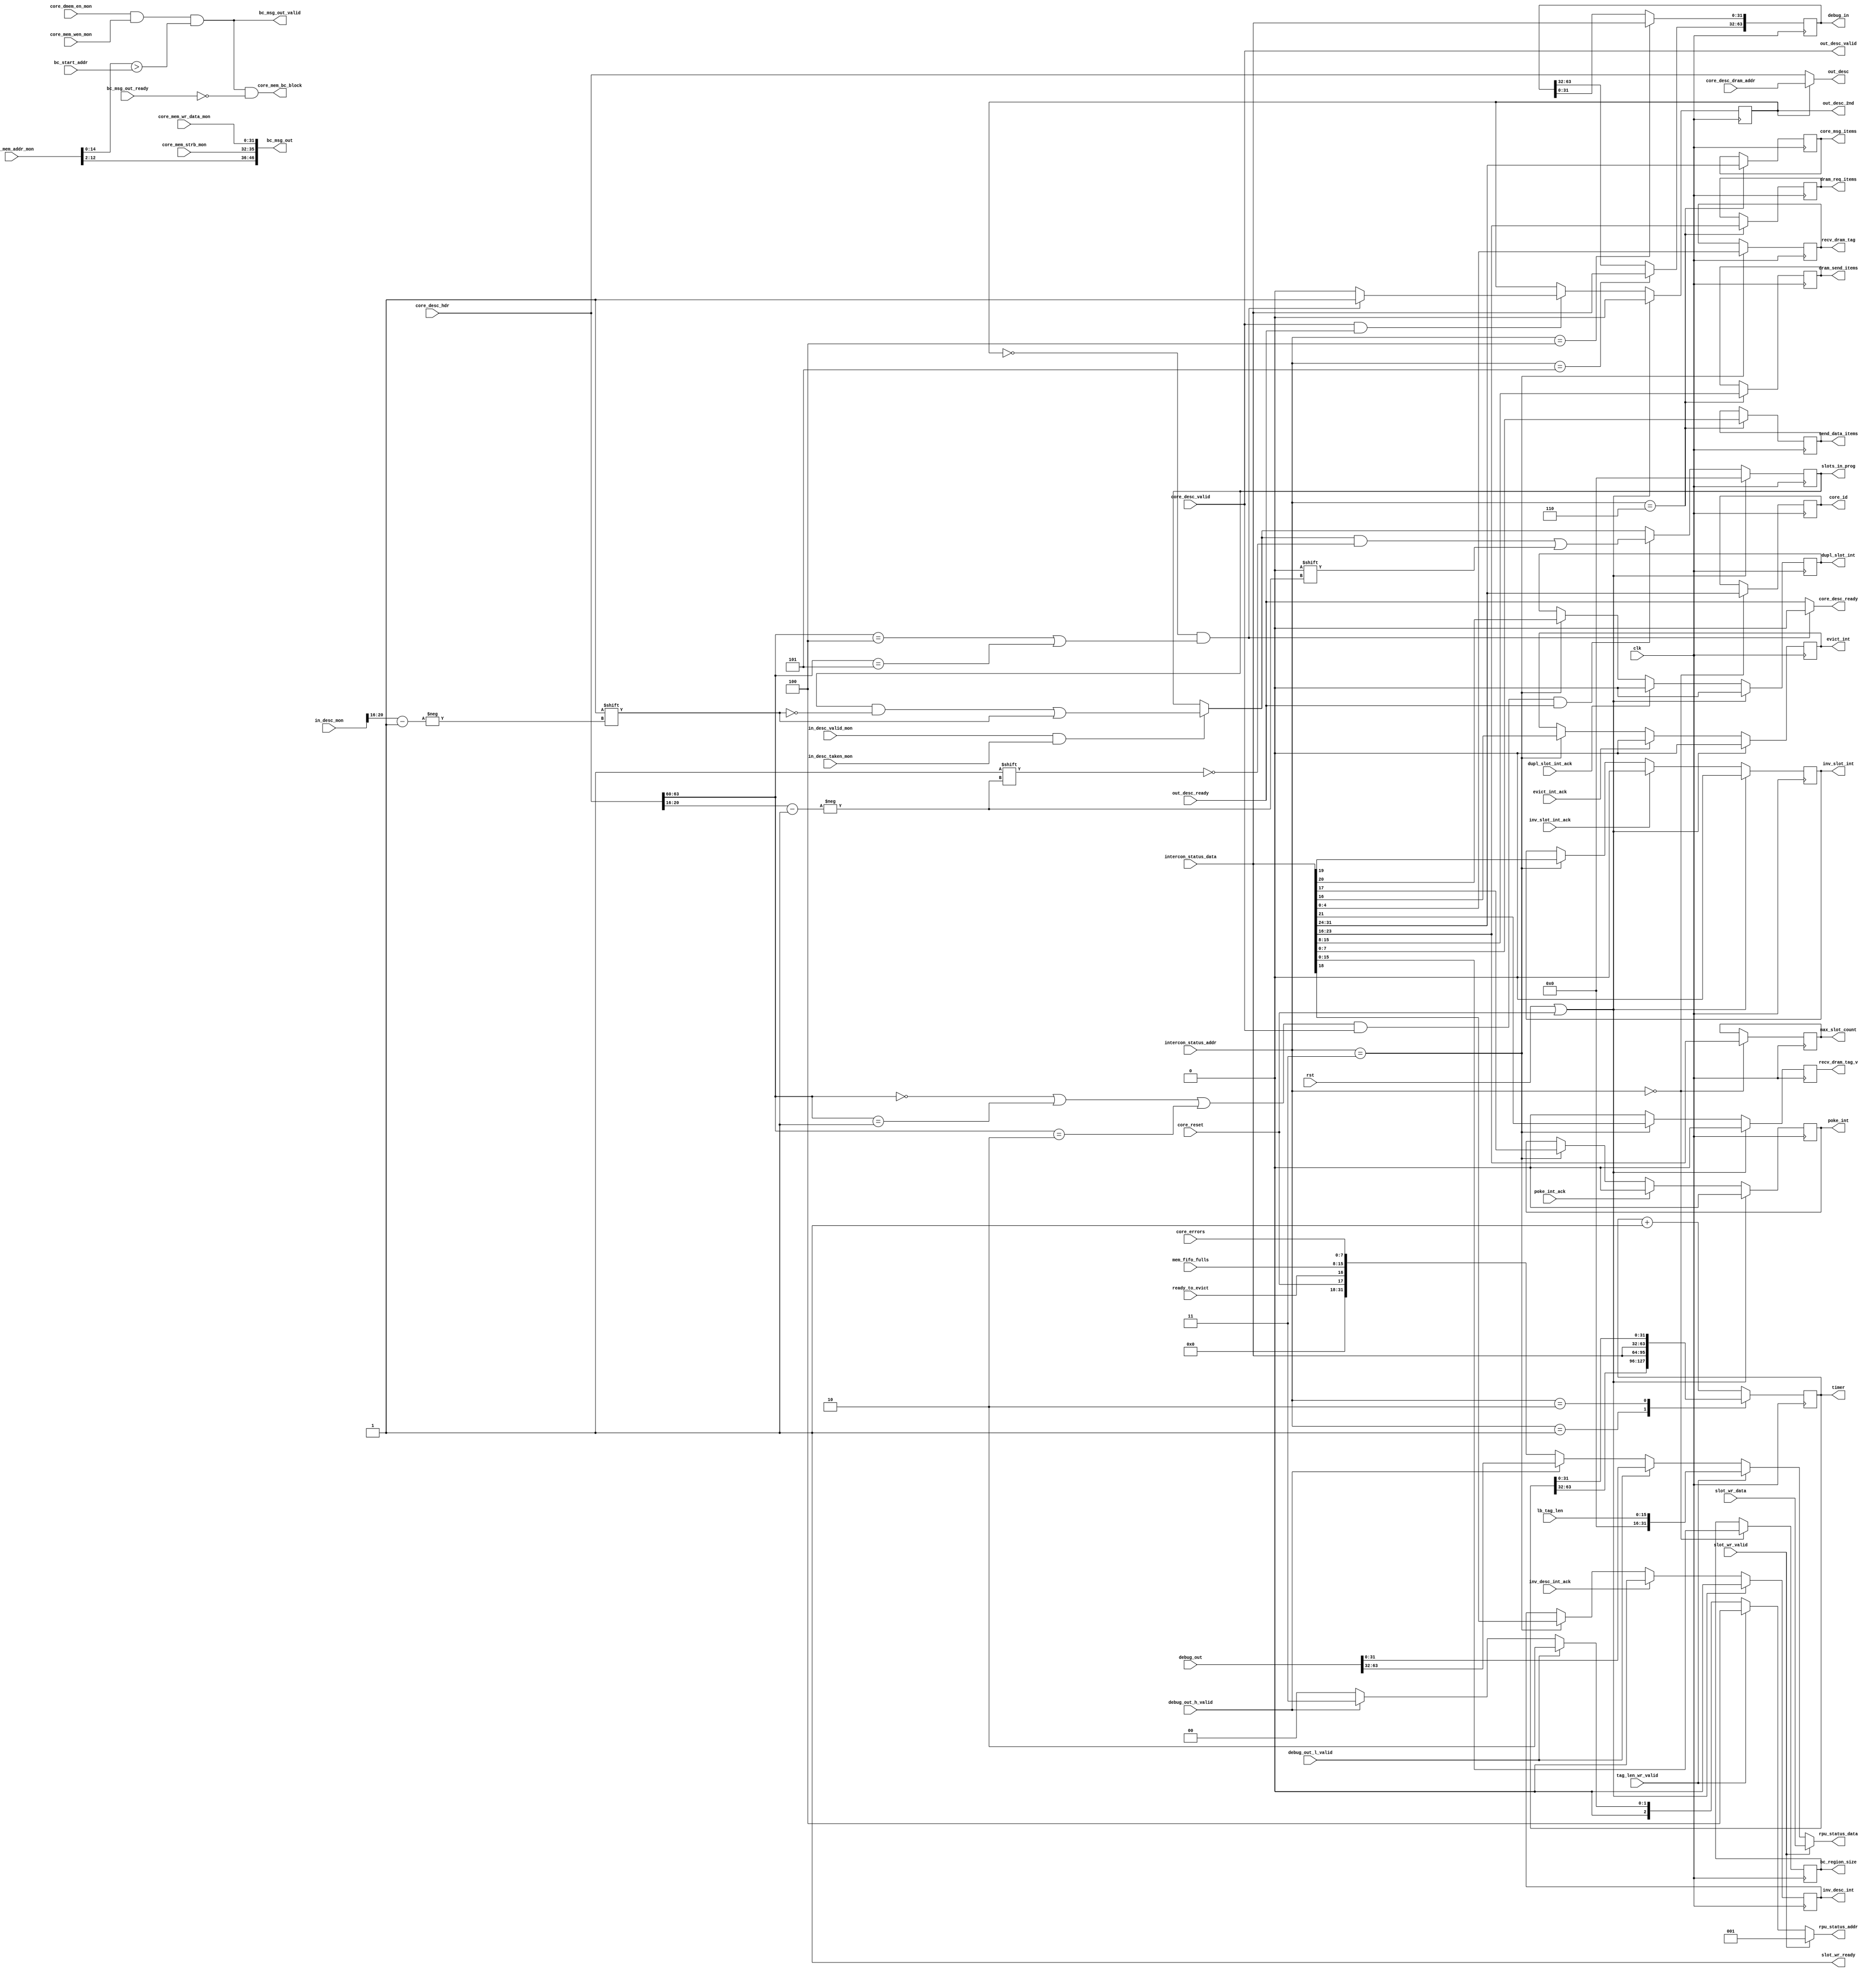
/*

Copyright (c) 2019-2021 Moein Khazraee

Permission is hereby granted, free of charge, to any person obtaining a copy
of this software and associated documentation files (the "Software"), to deal
in the Software without restriction, including without limitation the rights
to use, copy, modify, merge, publish, distribute, sublicense, and/or sell
copies of the Software, and to permit persons to whom the Software is
furnished to do so, subject to the following conditions:

The above copyright notice and this permission notice shall be included in
all copies or substantial portions of the Software.

THE SOFTWARE IS PROVIDED "AS IS", WITHOUT WARRANTY OF ANY KIND, EXPRESS OR
IMPLIED, INCLUDING BUT NOT LIMITED TO THE WARRANTIES OF MERCHANTABILITY
FITNESS FOR A PARTICULAR PURPOSE AND NONINFRINGEMENT. IN NO EVENT SHALL THE
AUTHORS OR COPYRIGHT HOLDERS BE LIABLE FOR ANY CLAIM, DAMAGES OR OTHER
LIABILITY, WHETHER IN AN ACTION OF CONTRACT, TORT OR OTHERWISE, ARISING FROM,
OUT OF OR IN CONNECTION WITH THE SOFTWARE OR THE USE OR OTHER DEALINGS IN
THE SOFTWARE.

*/

// Language: Verilog 2001

`resetall
`timescale 1ns / 1ps
`default_nettype none

module rpu_controller # (
  parameter DMEM_ADDR_WIDTH = 15,
  parameter MSG_ADDR_WIDTH  = 11,
  parameter MSG_WIDTH       = 32+4+MSG_ADDR_WIDTH,
  parameter SLOT_COUNT      = 16
) (
  input  wire                       clk,
  input  wire                       rst,
  input  wire                       core_reset,


  // -------------- BROADCAST MSG CONTROL --------------- //
  // Monitor on DMEM write
  input  wire                       core_dmem_en_mon,
  input  wire                       core_mem_wen_mon,
  input  wire [3:0]                 core_mem_strb_mon,
  input  wire [24:0]                core_mem_addr_mon,
  input  wire [31:0]                core_mem_wr_data_mon,

  // Broadcast messages, and potential block for core_mem_wr
  input  wire [DMEM_ADDR_WIDTH-1:0] bc_start_addr,
  output wire [MSG_WIDTH-1:0]       bc_msg_out,
  output wire                       bc_msg_out_valid,
  input  wire                       bc_msg_out_ready,
  output wire                       core_mem_bc_block,

  // --------------- DESCRIPTORS CONTROL ---------------- //
  // Monitor on in_desc
  input  wire [63:0]                in_desc_mon,
  input  wire                       in_desc_valid_mon,
  input  wire                       in_desc_taken_mon,

  // Width converter on out_desc
  input  wire [63:0]                core_desc_hdr,
  input  wire [63:0]                core_desc_dram_addr,
  input  wire                       core_desc_valid,
  output wire                       core_desc_ready,

  output wire [63:0]                out_desc,
  output wire                       out_desc_2nd,
  output wire                       out_desc_valid,
  input  wire                       out_desc_ready,

  // ------- INTERCONNECT STATUS CHANNEL CONTROL -------- //
  input  wire [31:0]                intercon_status_data,
  input  wire [2:0]                 intercon_status_addr,

  // Information from Interconnect
  output reg  [15:0]                bc_region_size,
  output reg  [7:0]                 core_id,
  output reg  [7:0]                 max_slot_count,

  output reg  [7:0]                 send_data_items,
  output reg  [7:0]                 dram_send_items,
  output reg  [7:0]                 dram_req_items,
  output reg  [7:0]                 core_msg_items,

  output reg  [SLOT_COUNT:1]        slots_in_prog,
  output reg  [63:0]                debug_in,
  output reg  [63:0]                timer,

  output reg  [4:0]                 recv_dram_tag,
  output reg                        recv_dram_tag_v,

  // Interrupts and their acks
  output reg                        evict_int,
  input  wire                       evict_int_ack,
  output reg                        poke_int,
  input  wire                       poke_int_ack,
  output reg                        dupl_slot_int,
  input  wire                       dupl_slot_int_ack,
  output reg                        inv_slot_int,
  input  wire                       inv_slot_int_ack,
  output reg                        inv_desc_int,
  input  wire                       inv_desc_int_ack,

  // ----------- RPU STATUS CHANNEL CONTROL ------------- //
  output wire [31:0]                rpu_status_data,
  output wire [2:0]                 rpu_status_addr,

  input  wire [31:0]                slot_wr_data,
  input  wire                       slot_wr_valid,
  output wire                       slot_wr_ready,

  input  wire [15:0]                lb_tag_len,
  input  wire                       tag_len_wr_valid,

  input  wire [63:0]                debug_out,
  input  wire                       debug_out_l_valid,
  input  wire                       debug_out_h_valid,

  input  wire [7:0]                 core_errors,
  input  wire                       ready_to_evict,
  input  wire [7:0]                 mem_fifo_fulls
);

///////////////////////////////////////////////////////////////////////////
/////////////////////// BROADCAST MESSAGES ////////////////////////////////
///////////////////////////////////////////////////////////////////////////

// Broadcast messaging
assign bc_msg_out[31:0]           = core_mem_wr_data_mon;
assign bc_msg_out[35:32]          = core_mem_strb_mon;
assign bc_msg_out[MSG_WIDTH-1:36] = core_mem_addr_mon[MSG_ADDR_WIDTH+2-1:2];
assign bc_msg_out_valid           = core_dmem_en_mon && core_mem_wen_mon &&
                    (core_mem_addr_mon[DMEM_ADDR_WIDTH-1:0] > bc_start_addr);

assign core_mem_bc_block = bc_msg_out_valid && !bc_msg_out_ready;

///////////////////////////////////////////////////////////////////////////
////////////////////////// OUT DESC MERGER ////////////////////////////////
///////////////////////////////////////////////////////////////////////////
localparam DESC=1'b0;
localparam DRAM=1'b1;
reg out_desc_state;

wire [3:0] out_desc_type = core_desc_hdr[63:60];
wire           dram_desc = (out_desc_type == 4'd4) || (out_desc_type == 4'd5);

always @ (posedge clk) begin
  if (out_desc_valid && out_desc_ready)
    if ((out_desc_state==DESC) && dram_desc)
      out_desc_state <= DRAM;
    else
      out_desc_state <= DESC;

  if (rst || core_reset)
    out_desc_state <= DESC;
end

assign out_desc_2nd    = (out_desc_state==DRAM);
assign out_desc        = (out_desc_state==DRAM) ?
                          core_desc_dram_addr : core_desc_hdr;
assign out_desc_valid  = core_desc_valid;
assign core_desc_ready = (out_desc_state==DESC) && dram_desc ?
                          1'b0: out_desc_ready ;

///////////////////////////////////////////////////////////////////////////
///////////////////////// TRACKING ACTIVE SLOTS ///////////////////////////
///////////////////////////////////////////////////////////////////////////
localparam SLOT_WIDTH = $clog2(SLOT_COUNT+1);

wire [SLOT_WIDTH-1:0] in_desc_slot  = in_desc_mon [16+:SLOT_WIDTH];
wire [SLOT_WIDTH-1:0] out_desc_slot = core_desc_hdr[16+:SLOT_WIDTH];

wire done_w_slot = ((out_desc_type == 4'd0) ||
                    (out_desc_type == 4'd1) ||
                    (out_desc_type == 4'd2)) &&
                    out_desc_valid && out_desc_ready;

always @ (posedge clk) begin
  if (in_desc_valid_mon && in_desc_taken_mon)
    slots_in_prog[in_desc_slot]  <= 1'b1;
  if (done_w_slot)
    slots_in_prog[out_desc_slot] <= 1'b0;

  if (rst || core_reset)
    slots_in_prog <= {SLOT_COUNT{1'b0}};
end

///////////////////////////////////////////////////////////////////////////
/////////////////// STATUS CHANNEL FROM INTERCONNECT //////////////////////
///////////////////////////////////////////////////////////////////////////
always @ (posedge clk) begin
  timer           <= timer + 64'd1;
  recv_dram_tag_v <= 1'b0; //Single cycle signal

  case (intercon_status_addr)
    3'b000: begin
              bc_region_size <= intercon_status_data[15:0];
              max_slot_count <= intercon_status_data[23:16];
              core_id        <= intercon_status_data[31:24];
    end

    3'b001: timer <= {timer[63:32], intercon_status_data};
    3'b010: timer <= {intercon_status_data, timer[31:0]};

    3'b011: begin
              recv_dram_tag_v <= intercon_status_data[21];
              dupl_slot_int   <= intercon_status_data[20];
              inv_slot_int    <= intercon_status_data[19];
              inv_desc_int    <= intercon_status_data[18];
              poke_int        <= intercon_status_data[17];
              evict_int       <= intercon_status_data[16];
              recv_dram_tag   <= intercon_status_data[4:0];
     end
    3'b100: debug_in[31:0]  <= intercon_status_data;
    3'b101: debug_in[63:32] <= intercon_status_data;
    3'b110: begin
              core_msg_items  <= intercon_status_data[31:24];
              dram_req_items  <= intercon_status_data[23:16];
              dram_send_items <= intercon_status_data[15:8];
              send_data_items <= intercon_status_data[7:0];
    end
    default: begin end
  endcase

  if (dupl_slot_int_ack)
    dupl_slot_int <= 1'b0;
  if (inv_slot_int_ack)
    inv_slot_int <= 1'b0;
  if (inv_desc_int_ack)
    inv_desc_int <= 1'b0;
  if (poke_int_ack)
    poke_int <= 1'b0;
  if (evict_int_ack)
    evict_int <= 1'b0;

  if (rst || core_reset) begin
    recv_dram_tag_v <= 1'b0;
    dupl_slot_int   <= 1'b0;
    inv_slot_int    <= 1'b0;
    inv_desc_int    <= 1'b0;
    poke_int        <= 1'b0;
    evict_int       <= 1'b0;
  end
end

///////////////////////////////////////////////////////////////////////////
//////////////////// STATUS CHANNEL TO INTERCONNECT ///////////////////////
///////////////////////////////////////////////////////////////////////////
assign rpu_status_addr = slot_wr_valid     ? 3'd1 :
                         tag_len_wr_valid  ? 3'd4 :
                         debug_out_l_valid ? 3'd2 :
                         debug_out_h_valid ? 3'd3 :
                                              3'd0 ;

assign rpu_status_data = slot_wr_valid     ? slot_wr_data :
                         tag_len_wr_valid  ? {16'd0, lb_tag_len} :
                         debug_out_l_valid ? debug_out[31:0] :
                         debug_out_h_valid ? debug_out[63:32] :
                         {14'd0, core_reset, ready_to_evict,
                         mem_fifo_fulls, core_errors};

assign slot_wr_ready   = 1'b1;

endmodule

`resetall